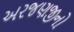
અરજણજીનો